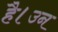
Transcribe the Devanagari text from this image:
है।उन